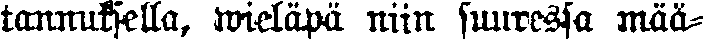
tannuksella, wieläpä niin suuressa mää-